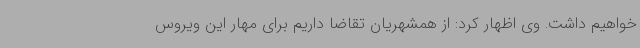
خواهیم داشت. وی اظهار کرد: از همشهریان تقاضا داریم برای مهار این ویروس